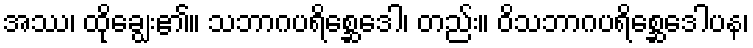
အဿ၊ ထိုချွေး၏။ သဘာဂပရိစ္ဆေဒေါ၊ တည်း။ ဝိသဘာဂပရိစ္ဆေဒေါပန၊